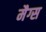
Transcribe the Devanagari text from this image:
मैग्स